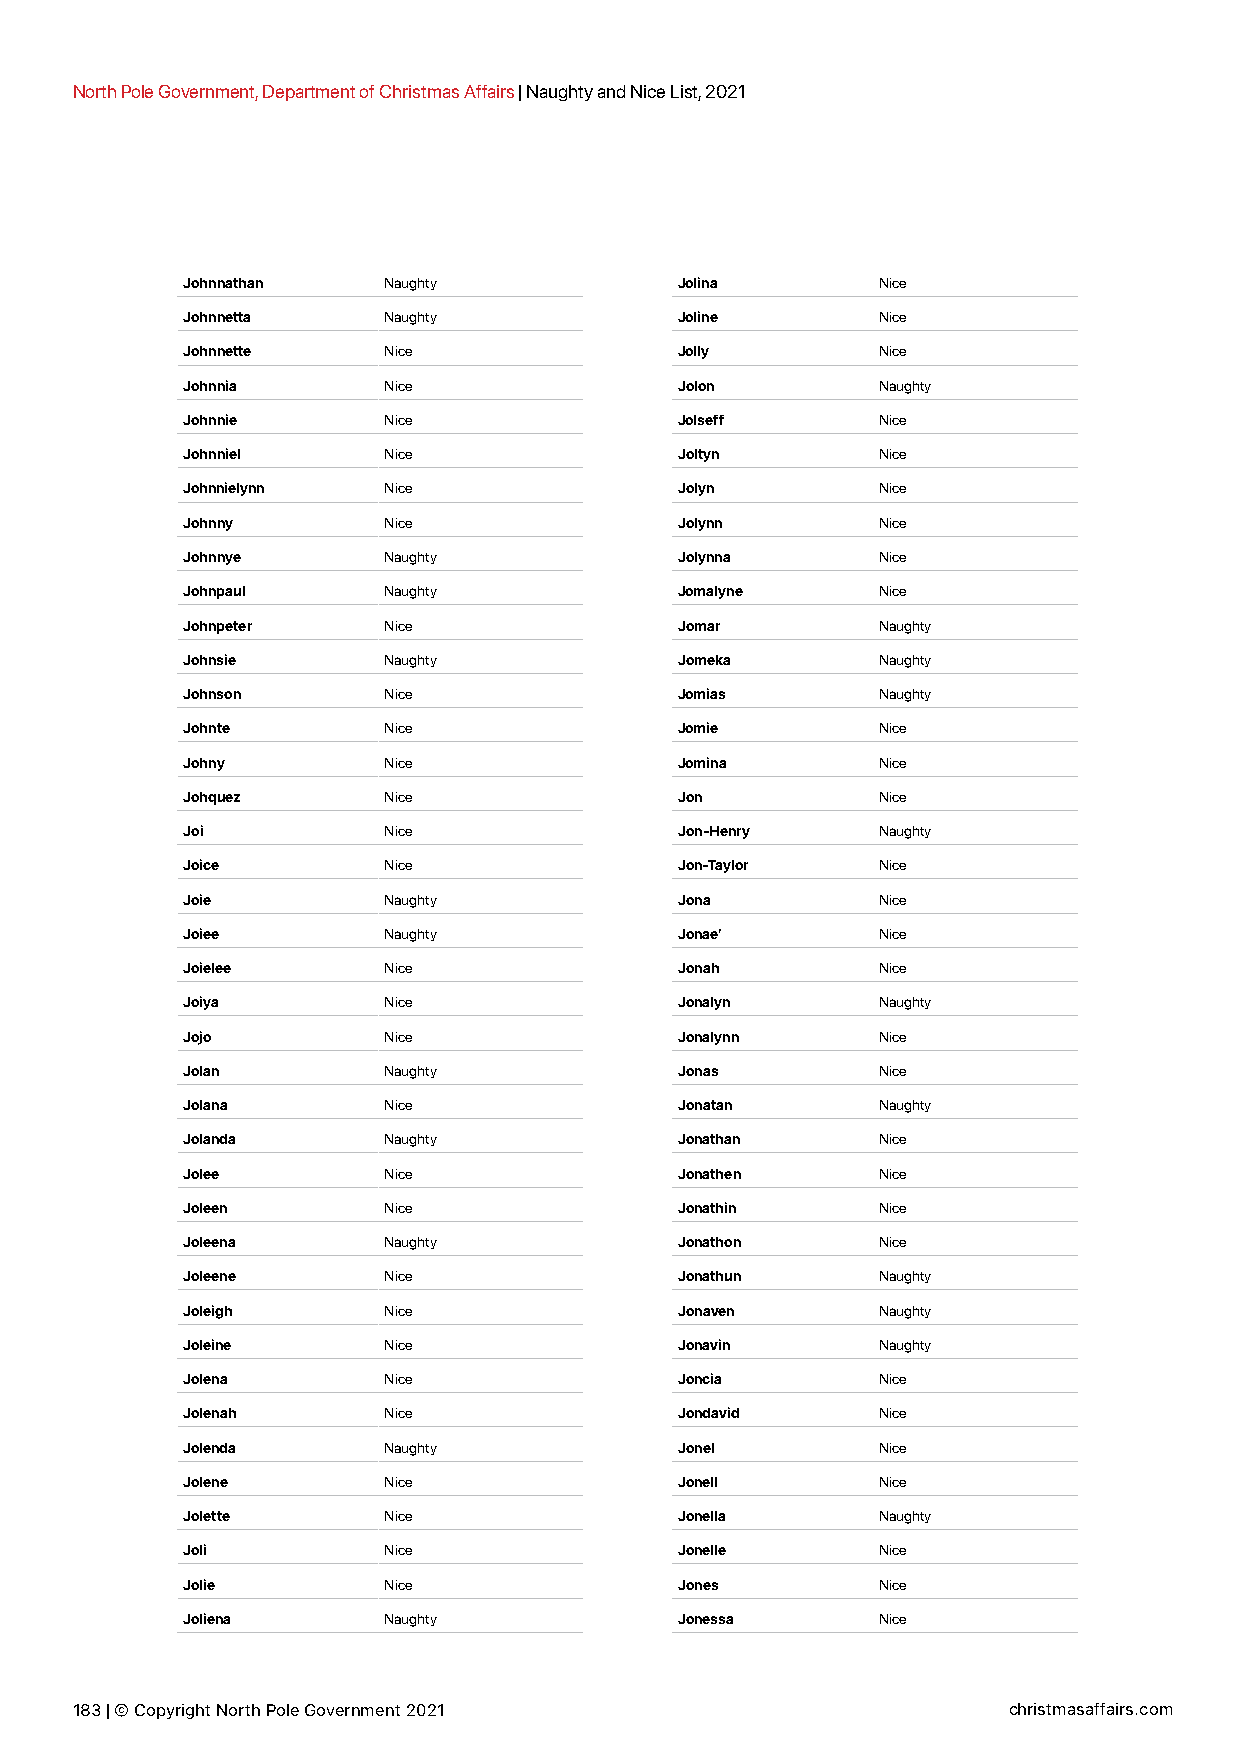
North Pole Government, Department of Christmas Affairs | Naughty and Nice List, 2021
 Johnnathan   Naughty             Jolina       Nice
 Johnnetta    Naughty             Joline       Nice
 Johnnette    Nice                Jolly        Nice
 Johnnia      Nice                Jolon        Naughty
 Johnnie      Nice                Jolseff      Nice
 Johnniel     Nice                Joltyn       Nice
 Johnnielynn  Nice                Jolyn        Nice
 Johnny       Nice                Jolynn       Nice
 Johnnye      Naughty             Jolynna      Nice
 Johnpaul     Naughty             Jomalyne     Nice
 Johnpeter    Nice                Jomar        Naughty
 Johnsie      Naughty             Jomeka       Naughty
 Johnson      Nice                Jomias       Naughty
 Johnte       Nice                Jomie        Nice
 Johny        Nice                Jomina       Nice
 Johquez      Nice                Jon          Nice
 Joi          Nice                Jon-Henry    Naughty
 Joice        Nice                Jon-Taylor   Nice
 Joie         Naughty             Jona         Nice
 Joiee        Naughty             Jonae’       Nice
 Joielee      Nice                Jonah        Nice
 Joiya        Nice                Jonalyn      Naughty
 Jojo         Nice                Jonalynn     Nice
 Jolan        Naughty             Jonas        Nice
 Jolana       Nice                Jonatan      Naughty
 Jolanda      Naughty             Jonathan     Nice
 Jolee        Nice                Jonathen     Nice
 Joleen       Nice                Jonathin     Nice
 Joleena      Naughty             Jonathon     Nice
 Joleene      Nice                Jonathun     Naughty
 Joleigh      Nice                Jonaven      Naughty
 Joleine      Nice                Jonavin      Naughty
 Jolena       Nice                Joncia       Nice
 Jolenah      Nice                Jondavid     Nice
 Jolenda      Naughty             Jonel        Nice
 Jolene       Nice                Jonell       Nice
 Jolette      Nice                Jonella      Naughty
 Joli         Nice                Jonelle      Nice
 Jolie        Nice                Jones        Nice
 Joliena      Naughty             Jonessa      Nice
 183 | © Copyright North Pole Government 2021                  christmasaffairs.com